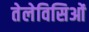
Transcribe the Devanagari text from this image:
तेलेविसिओं